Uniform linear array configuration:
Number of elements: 32
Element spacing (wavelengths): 0.75
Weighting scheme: hann
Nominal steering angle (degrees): -15
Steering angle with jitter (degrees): -13.472
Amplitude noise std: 0.05
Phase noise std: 0.05

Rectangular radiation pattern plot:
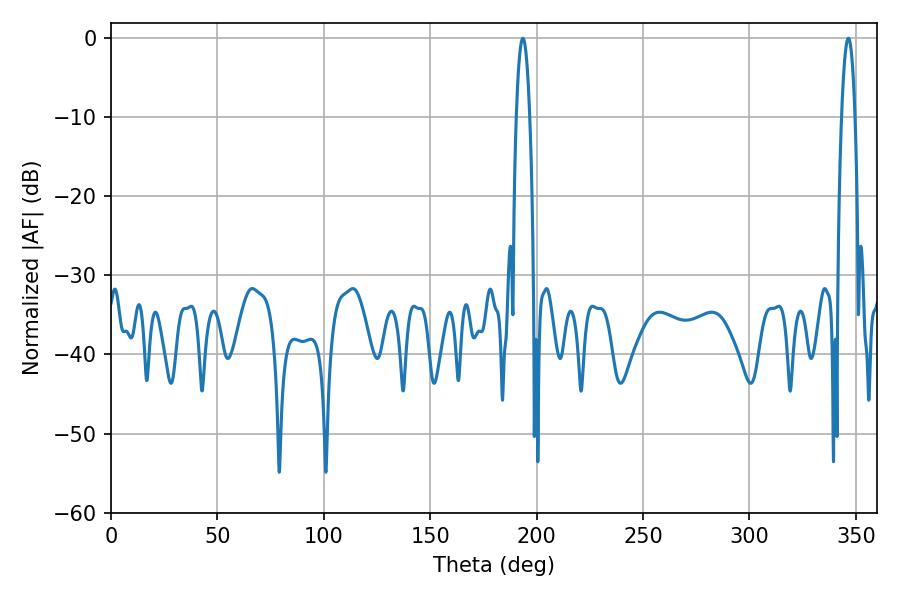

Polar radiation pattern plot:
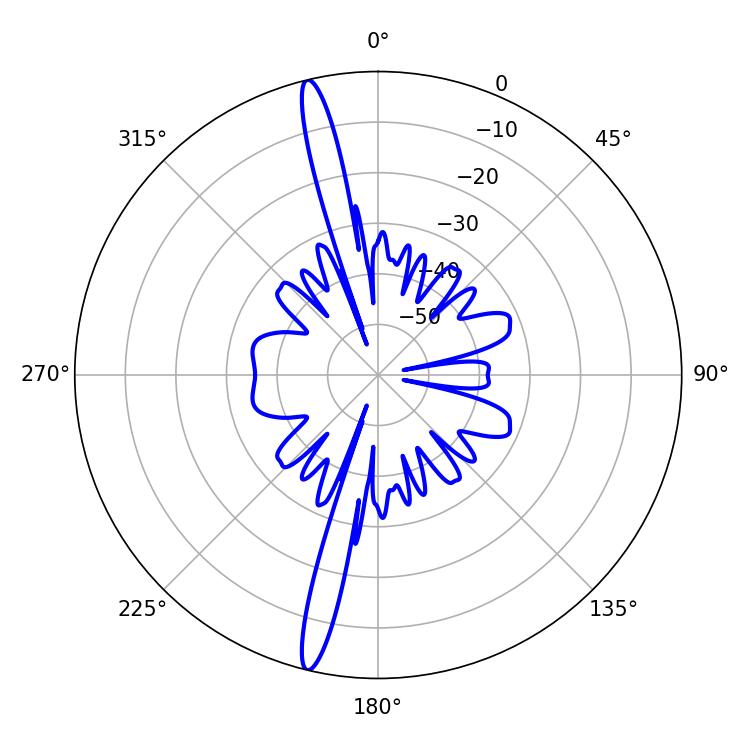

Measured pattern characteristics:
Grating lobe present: TRUE
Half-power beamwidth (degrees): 3.42
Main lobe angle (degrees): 193.5